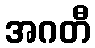
အဂတီ